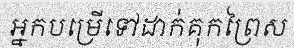
អ្នកបម្រើទៅដាក់គុកព្រៃស